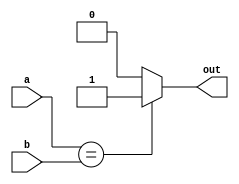
module Comparator(out, a, b);

output reg out;
input [31:0] a, b;

always@(*) begin
  if(a == b) begin
    out = 1'b1;
  end
  else begin
    out = 1'b0;
  end
end

endmodule